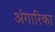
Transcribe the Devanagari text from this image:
अंगारिका